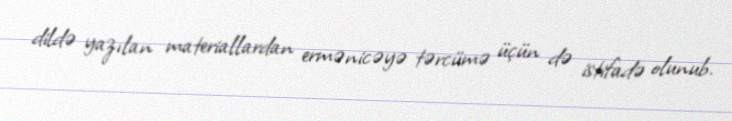
dildə yazılan materiallardan ermənicəyə tərcümə üçün də istifadə olunub.